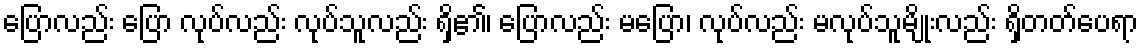
ပြောလည်း ပြော လုပ်လည်း လုပ်သူလည်း ရှိ၏၊ ပြောလည်း မပြော၊ လုပ်လည်း မလုပ်သူမျိုးလည်း ရှိတတ်ပေရာ